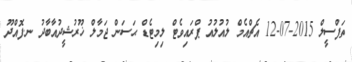
ތަފްސީލް 2015-07-12 އެޗްއެމް ލުއުލުއު ޕްރައިވެޓް ލިމިޓެޑް ޙަސަން ޖަމާލް ޚޫރުޝީދުއާބާދު ނ.ފޮއްދޫ